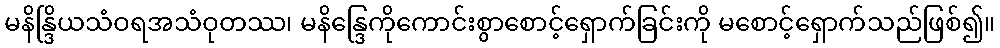
မနိန္ဒြိယသံဝရအသံဝုတဿ၊ မနိန္ဒြေကိုကောင်းစွာစောင့်ရှောက်ခြင်းကို မစောင့်ရှောက်သည်ဖြစ်၍။